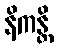
နိကန္တိ